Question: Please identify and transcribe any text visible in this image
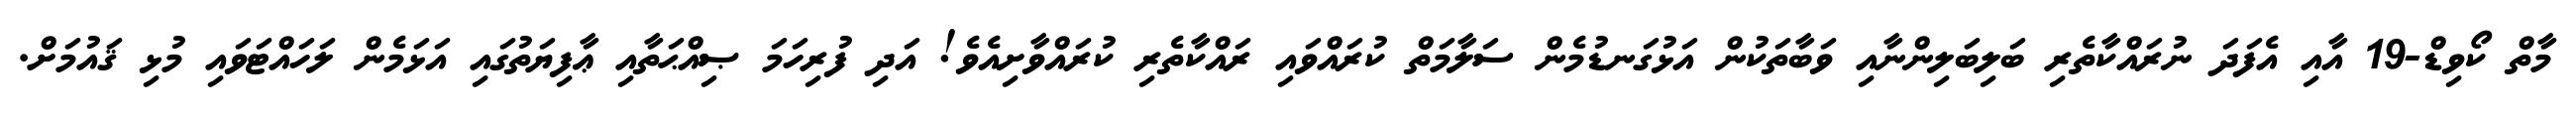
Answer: މާތް ކޯވިޑް-19 އާއި އެފަދަ ނުރައްކާތެރި ބަލިބަލިންނާއި ވަބާތަކުން އަޅުގަނޑުމެން ސަލާމަތް ކުރައްވައި ރައްކާތެރި ކުރައްވާށިއެވެ! އަދި ފުރިހަމަ ޞިއްޙަތާއި ޢާފިޔަތުގައި އަޅަމެން ލަހައްޓަވައި މުޅި ޤައުމަށް.